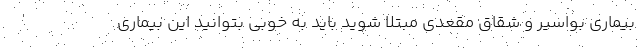
بیماری بواسیر و شقاق مقعدی مبتلا شوید باید به خوبی بتوانید این بیماری